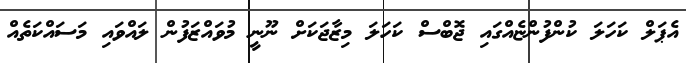
އެޕަލް ކަހަލަ ކުންފުންޏެއްގައި ޖޮބްސް ކަހަލަ މިޒާޖަކަށް ނޫނީ މުވައްޒަފުން ލައްވައި މަސައްކަތެއް